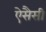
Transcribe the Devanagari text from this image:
ऐसैसी